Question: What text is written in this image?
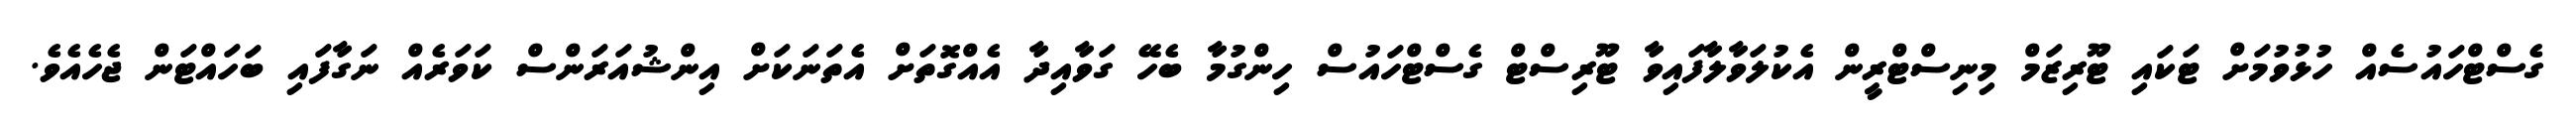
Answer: ގެސްޓްހައުސެއް ހުޅުވުމަށް ޓަކައި ޓޫރިޒަމް މިނިސްޓްރީން އެކުލަވާލާފައިވާ ޓޫރިސްޓް ގެސްޓްހައުސް ހިންގުމާ ބެހޭ ގަވާއިދާ އެއްގޮތަށް އެތަނަކަށް އިންޝުއަރަންސް ކަވަރެއް ނަގާފައި ބަހައްޓަން ޖެހެއެވެ.